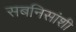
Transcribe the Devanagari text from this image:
सबनिसांशी